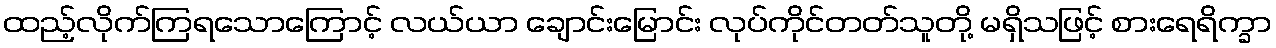
ထည့်လိုက်ကြရသောကြောင့် လယ်ယာ ချောင်းမြောင်း လုပ်ကိုင်တတ်သူတို့ မရှိသဖြင့် စားရေရိက္ခာ